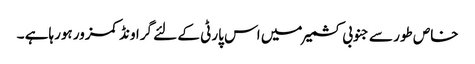
خاص طور سے جنوبی کشمیر میں اس پارٹی کے لئے گراونڈ کمزور ہورہاہے ۔